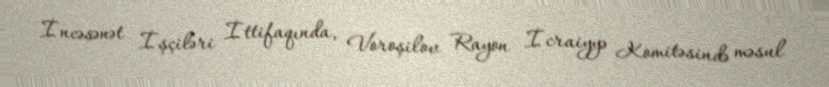
İncəsənət İşçiləri İttifaqında, Voroşilov Rayon İcraiyyə Komitəsində məsul